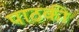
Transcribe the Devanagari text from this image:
पाठकी